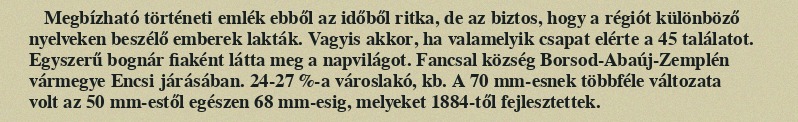
Megbízható történeti emlék ebből az időből ritka, de az biztos, hogy a régiót különböző nyelveken beszélő emberek lakták. Vagyis akkor, ha valamelyik csapat elérte a 45 találatot. Egyszerű bognár fiaként látta meg a napvilágot. Fancsal község Borsod-Abaúj-Zemplén vármegye Encsi járásában. 24-27 %-a városlakó, kb. A 70 mm-esnek többféle változata volt az 50 mm-estől egészen 68 mm-esig, melyeket 1884-től fejlesztettek.